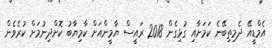
އެމްޑީއޭ ދެމިތިބޭނެ ކަމަށާއި ގުޅިގެން 2018 ރައީސް ޔާމީންއަށް ކާމިޔާބު ކޮށްދިނުމަށް ކުރެވެން